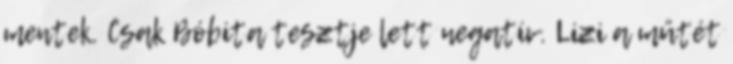
mentek. Csak Bóbita tesztje lett negatív. Lizi a műtét